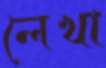
লেখা